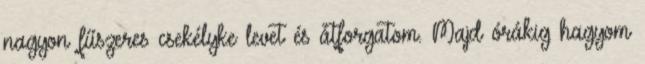
nagyon fűszeres csekélyke levet és átforgatom. Majd órákig hagyom